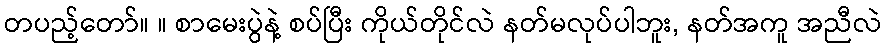
တပည့်တော်။ ။ စာမေးပွဲနဲ့ စပ်ပြီး ကိုယ်တိုင်လဲ နတ်မလုပ်ပါဘူး, နတ်အကူ အညီလဲ